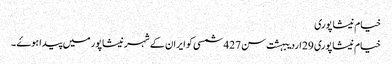
خیام نیشاپوری
خیام نیشاپوری 29 اردیبہشت سن 427 شمسی کو ایران کے شہر نیشاپور میں پیدا ہوۓ ۔